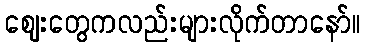
ဈေးတွေကလည်းများလိုက်တာနော်။